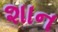
શાન